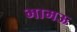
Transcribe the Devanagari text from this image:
भामऊ